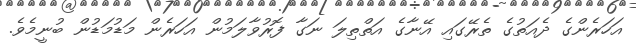
އަހަރެންގެ ދެއަތުގެ ތެރޭގައި އޭނާގެ އަތްތިލަ ނަގާ ފޮރުވާލަމުން އަހަރެން މަޑުމަޑުން ބުނީމެވެ.